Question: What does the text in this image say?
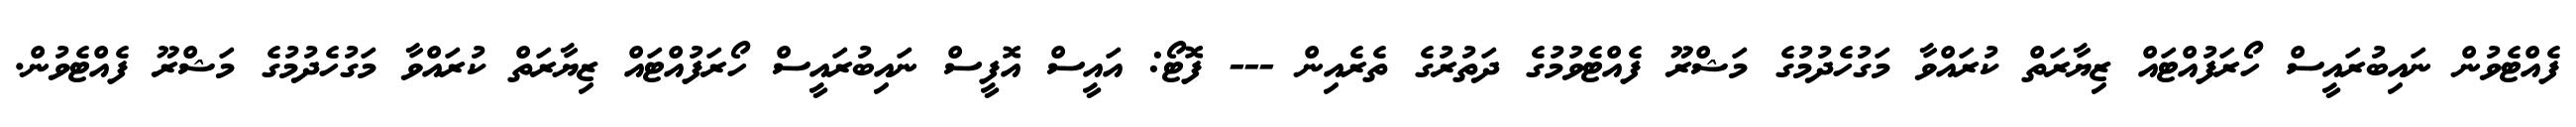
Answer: ފެއްޓެވުން ނައިބުރައީސް ހޯރަފުއްޓައް ޒިޔާރަތް ކުރައްވާ މަގުހެދުމުގެ މަޝްރޫ ފެއްޓެވުމުގެ ދަތުރުގެ ތެރެއިން --- ފޮޓޯ: އައީސް އޮފީސް ނައިބުރައީސް ހޯރަފުއްޓައް ޒިޔާރަތް ކުރައްވާ މަގުހެދުމުގެ މަޝްރޫ ފެއްޓެވުން.